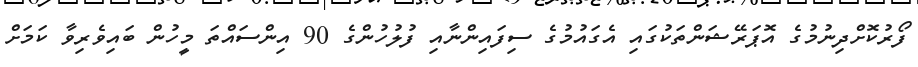
ފޯރުކޮށްދިނުމުގެ އޮޕަރޭޝަންތަކުގައި އެގައުމުގެ ސިފައިންނާއި ފުލުހުންގެ 90 އިންސައްތަ މީހުން ބައިވެރިވާ ކަމަށް